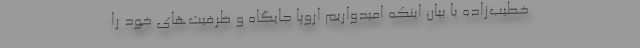
خطیب‌زاده با بیان اینکه امیدواریم اروپا جایگاه و ظرفیت‌های خود را